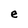
Character: e